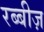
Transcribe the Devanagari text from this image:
रब्बीज़